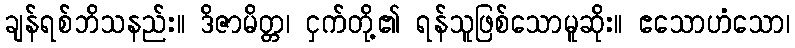
ချန်ရစ်ဘိသနည်း။ ဒိဇာမိတ္တ၊ ငှက်တို့၏ ရန်သူဖြစ်သောမူဆိုး။ ဧသောဟံသော၊